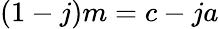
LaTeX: (1-j)m=c-ja